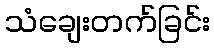
သံချေးတက်ခြင်း